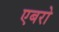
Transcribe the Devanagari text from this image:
एबरो